Indian journal of veterinary science and animal husbandry - Volume 10,
Year: 1940
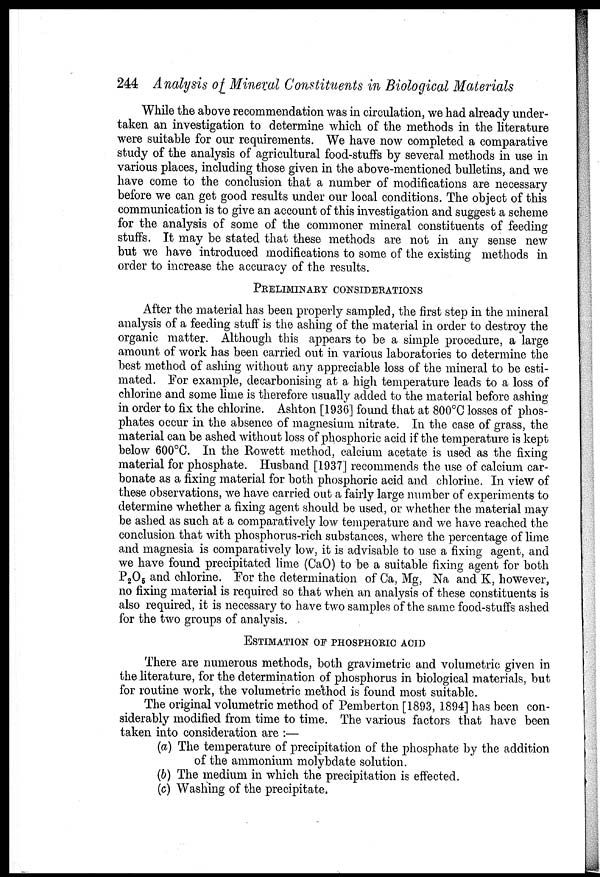
244 Analysis of Mineral Constituents in Biological Materials
While the above recommendation was in circulation, we had already under-
taken an investigation to determine which of the methods in the literature
were suitable for our requirements. We have now completed a comparative
study of the analysis of agricultural food-stuffs by several methods in use in
various places, including those given in the above-mentioned bulletins, and we
have come to the conclusion that a number of modifications are necessary
before we can get good results under our local conditions. The object of this
communication is to give an account of this investigation and suggest a scheme
for the analysis of some of the commoner mineral constituents of feeding
stuffs. It may be stated that these methods are not in any sense new
but we have introduced modifications to some of the existing methods in
order to increase the accuracy of the results.
PRELIMINARY CONSIDERATIONS
After the material has been properly sampled, the first step in the mineral
analysis of a feeding stuff is the ashing of the material in order to destroy the
organic matter. Although this appears to be a simple procedure, a large
amount of work has been carried out in various laboratories to determine the
best method of ashing without any appreciable loss of the mineral to be esti-
mated. For example, decarbonising at a high temperature leads to a loss of
chlorine and some lime is therefore usually added to the material before ashing
in order to fix the chlorine. Ashton [1936] found that at 800°C losses of phos-
phates occur in the absence of magnesium nitrate. In the case of grass, the
material can be ashed without loss of phosphoric acid if the temperature is kept
below 600°C. In the Rowett method, calcium acetate is used as the fixing
material for phosphate. Husband [1937] recommends the use of calcium car-
bonate as a fixing material for both phosphoric acid and chlorine. In view of
these observations, we have carried out a fairly large number of experiments to
determine whether a fixing agent should be used, or whether the material may
be ashed as such at a comparatively low temperature and we have reached the
conclusion that with phosphorus-rich substances, where the percentage of lime
and magnesia is comparatively low, it is advisable to use a fixing agent, and
we have found precipitated lime (CaO) to be a suitable fixing agent for both
P 2 0 5 and chlorine. For the determination of Ca, Mg, Na and K, however,
no fixing material is required so that when an analysis of these constituents is
also required, it is necessary to have two samples of the same food-stuffs ashed
for the two groups of analysis.
ESTIMATION OF PHOSPHORIC ACID
There are numerous methods, both gravimetric and volumetric given in
the literature, for the determination of phosphorus in biological materials, but
for routine work, the volumetric method is found most suitable.
The original volumetric method of Pemberton [1893, 1894] has been con-
siderably modified from time to time. The various factors that have been
taken into consideration are :—
(a) The temperature of precipitation of the phosphate by the addition
of the ammonium molybdate solution.
(b) The medium in which the precipitation is effected.
(c) Washing of the precipitate.